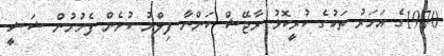
1970ގެ އަހަރު ތަކުގެ ކުރީކޮޅު ރާޖޭޝް ކަންނާ ފިލްމު ކުޅެން ފެށުމުން ޝަޝީ